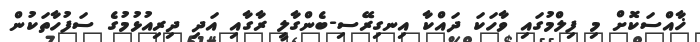
ޚާއްސަކޮށް މި ފިލްމުގައި ވާހަކަ ދައްކާ އިނގިރޭސި-ބެންގާލީ ރާގާއި އަދި ދިރިއުޅުމުގެ ސަފުހާތަކުން